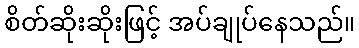
စိတ်ဆိုးဆိုးဖြင့် အပ်ချုပ်နေသည်။